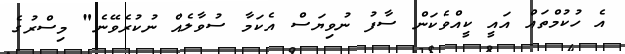
އެ ހުކުމްތައް އައީ ކީއްވެކަން ސާފު ނުވިޔަސް އެކަމާ ސުވާލެއް ނުކުރެވޭނެ" މިސްރުގެ